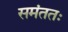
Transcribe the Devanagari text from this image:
समंततः